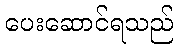
ပေးဆောင်ရသည်